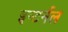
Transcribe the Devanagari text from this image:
इन्टर्नल